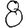
Digit: 8